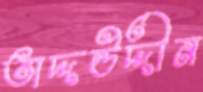
তাদ্দউদ্দীন